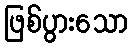
ဖြစ်ပွားသော